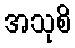
အသုစိ